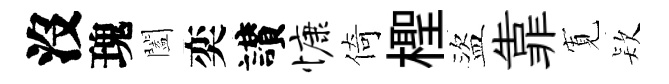
沒瑰闔奕讃慷倚檉盜靠𡩖𣣇